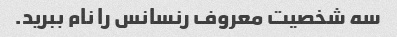
سه شخصیت معروف رنسانس را نام ببرید.